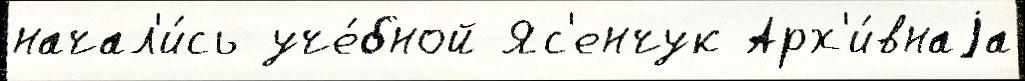
начал'и́сь уче́бной Яс'енчук Арх'и́внаjа